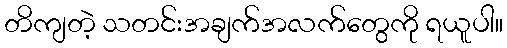
တိကျတဲ့ သတင်းအချက်အလက်တွေကို ရယူပါ။